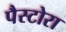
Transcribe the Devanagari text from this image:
पैस्टोरा